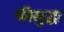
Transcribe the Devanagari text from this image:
फीसुद्धा